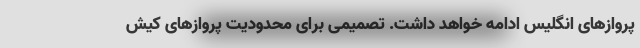
پرواز‌های انگلیس ادامه خواهد داشت. تصمیمی برای محدودیت پرواز‌های کیش